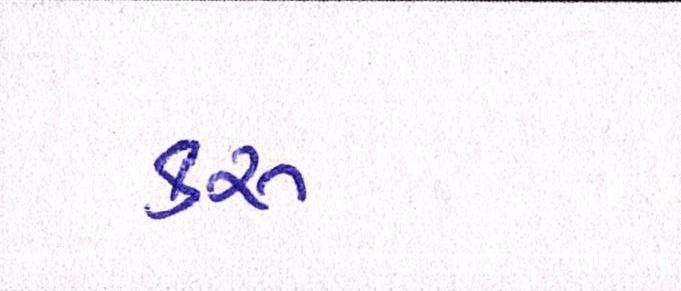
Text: કરૂં